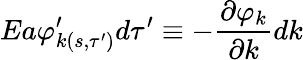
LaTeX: Ea\varphi_{k(s,\tau^{\prime})}^{\prime}d\tau^{\prime}\equiv-\frac{\partial\varphi_{k}}{\partial k}dk